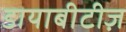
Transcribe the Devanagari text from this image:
डायाबीटीज़